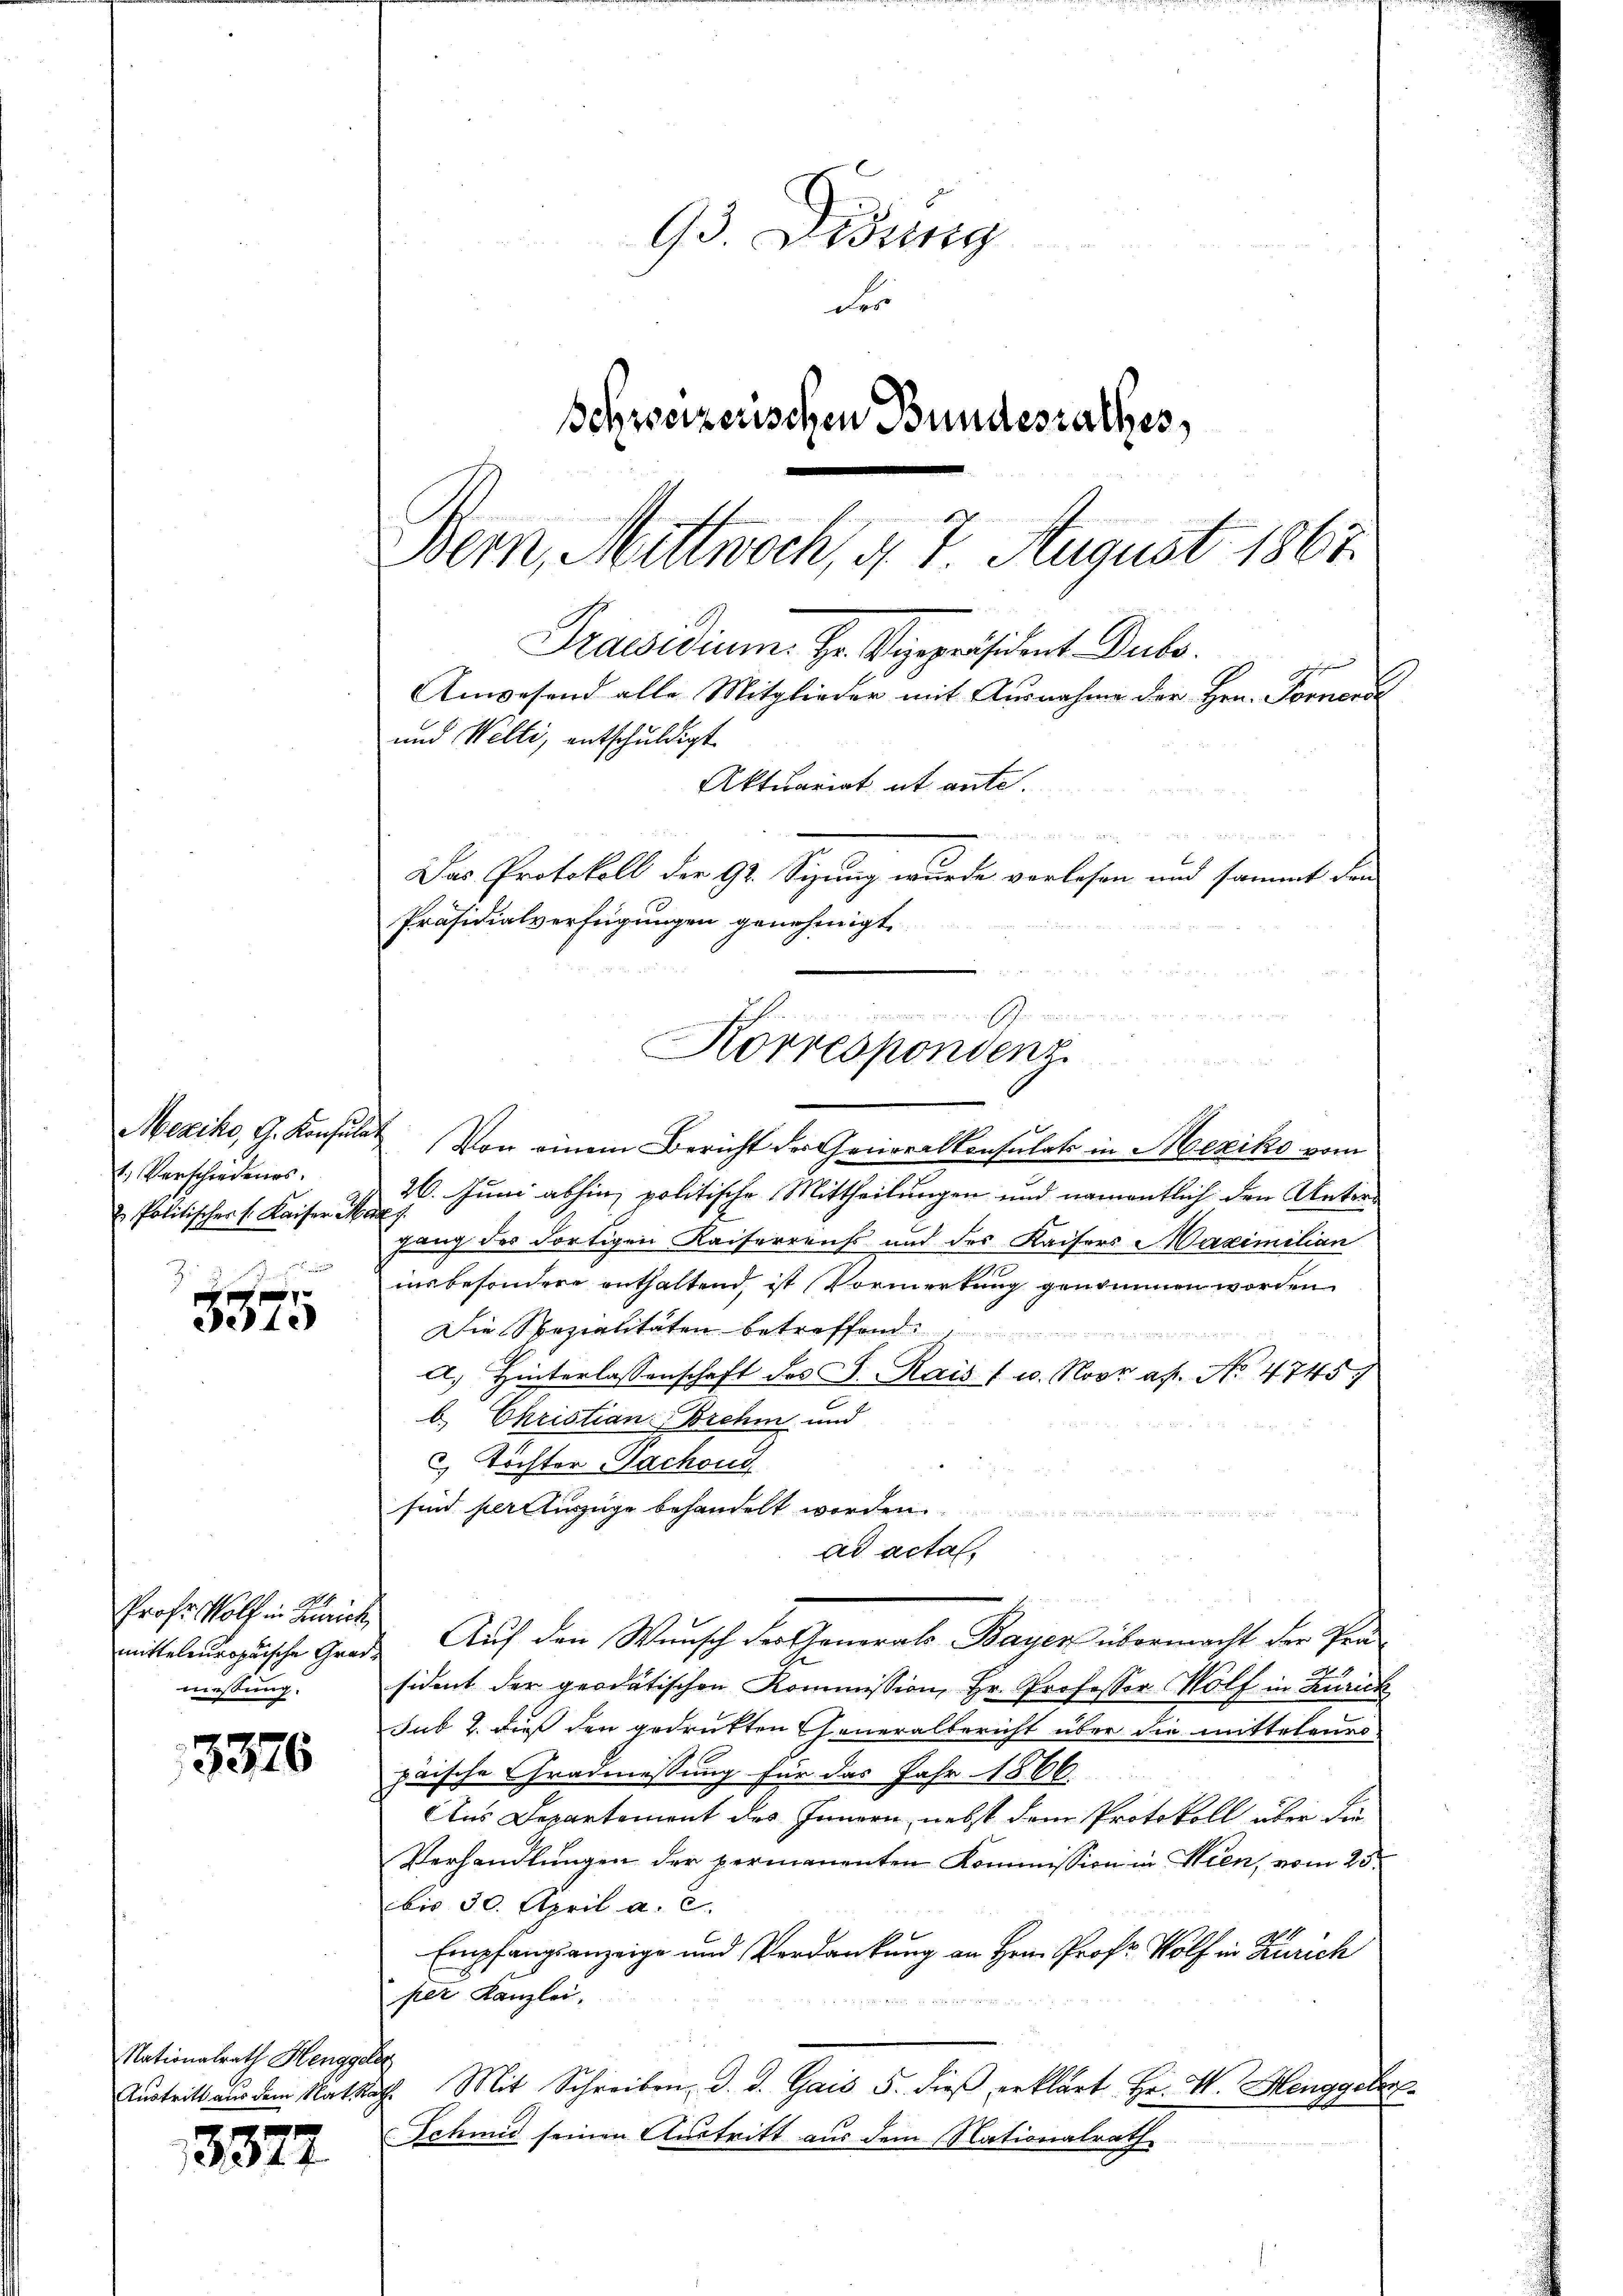
Mexiko, G. Konz
. Verschiedenes.
u Politisches Kaiser

e14.

mitteleuropäische Grade
messung.

3376

Nationalrath Henggeleg

13377

93. Didung
der
Schweizerischen Bundesrathes,
Bern, Mittwoch, d. 7. August 1867.

Praesidium. Hr. Vizepräsident. Decbr.
Anwesend alle Mitglieder mit Ausnahme der Hrn. Fornendl
und Welti, entschuldigt.
Aktuariat et ante.
u
Das Protokoll der 91. Sizung wurde verlesen und sammt dann
Präsidialverfügungen genehmigt
1
Korrespondenz

hat. Von einem Bericht der Generalkonsulats in Mexiko vom
26. Juni abhin, politische Mittheilungen und namentlich den Unter¬
Ruf
gang des dortigen Kaiserreichs und des Kaisers Maximilian
insbesondere enthaltend, ist Vormerkung genommen worden
Die Spezialitäten betreffend
a. Hinterlassenschaft des J. Rais 1 u. Novr af. No. 4745)
b. Christian Brehm und
 Töchter Sacheng
sind pertuzzüge behandelt worden.
ad actat
Profes Wolf in Zürich. Auf den Wunsch der Generals Bayer übermacht der Pensident der geodätischen Kommission, Hr. Professor Wolf in Zurick
sub 2. aus den gedrukten Generalbericht über die mittelenro
paische Gradmessung für das Jahr 1866.
Aus Departement des Innern, nebst dem Protokoll über da
Verhandlungen der permanenten Kommission in Wien, vom 20.
bis 30. April a. c.
Empfangsanzeige und Verdankung an Hrrn. Prof. Wolf in Zürich
per Kanzlei,
.

Austritt aus dem Ratsache Mit Schreiben d. d. Gais 5. dieβ erklärt Hr. W. Henggeber
Schmid seinen Austritt aus dem (Nationalrath